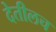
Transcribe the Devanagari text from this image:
देतीलच